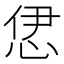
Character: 𢙠